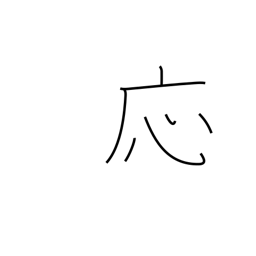
Meaning: OK